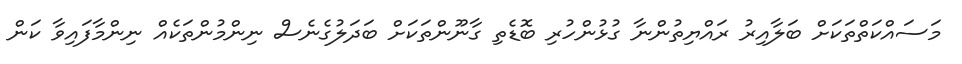
މަސައްކަތްތަކަަށް ބަލާއިރު ރައްޔިތުންނާ ގުޅުންހުރި ބޮޑެތި ގާނޫންތަކަށް ބަދަލުގެނެސް ނިންމުންތަކެއް ނިންމާފައިވާ ކަން